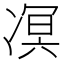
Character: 凕